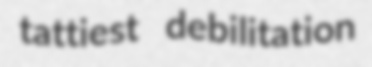
tattiest debilitation